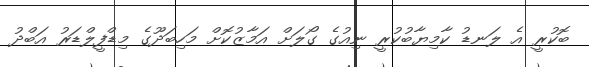
ބޮކުރީ އެ ލަނޑު ކާމިޔާބުކުރީ ނިއުގެ ގޯލަށް އަމާޒުކޮށް މަހިބަދޫގެ މިޑްފީލްޑަރު އަބްދު